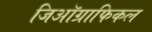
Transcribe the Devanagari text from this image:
जिऑग्राफिकल